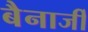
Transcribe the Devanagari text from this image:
बैनार्जी